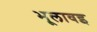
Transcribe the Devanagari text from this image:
भूलावइ